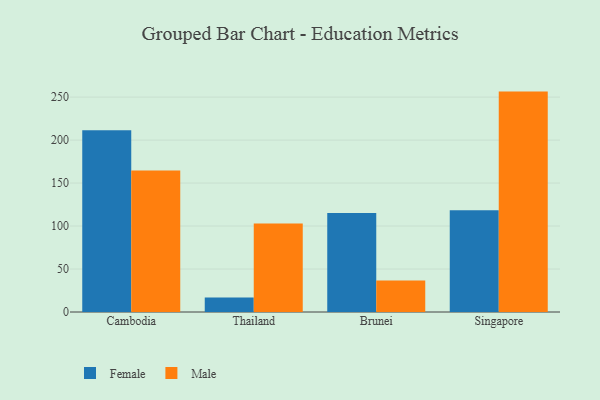
{"axis": {"x": "Country", "y": "Bounce Rate (%)"}, "legend": ["Female", "Male"], "data": [{"x": "Cambodia", "y": 211.3, "type": "Female"}, {"x": "Cambodia", "y": 164.7, "type": "Male"}, {"x": "Thailand", "y": 16.8, "type": "Female"}, {"x": "Thailand", "y": 103.0, "type": "Male"}, {"x": "Brunei", "y": 115.3, "type": "Female"}, {"x": "Brunei", "y": 36.5, "type": "Male"}, {"x": "Singapore", "y": 118.4, "type": "Female"}, {"x": "Singapore", "y": 256.4, "type": "Male"}]}